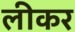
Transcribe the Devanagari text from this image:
लीकर